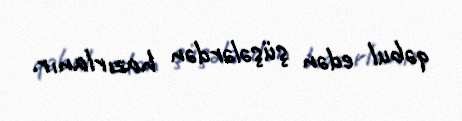
qəbul edən şüşələrdən hazırlanır.